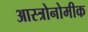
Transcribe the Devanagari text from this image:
आस्त्रोनोमीक